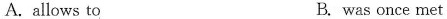
A. allows to B. was once met